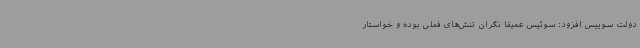
دولت سوییس افزود: سوئیس عمیقاً نگران تنش‌های فعلی بوده و خواستار